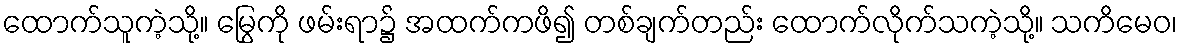
ထောက်သူကဲ့သို့။ မြွေကို ဖမ်းရာ၌ အထက်ကဖိ၍ တစ်ချက်တည်း ထောက်လိုက်သကဲ့သို့။ သကိမေဝ၊